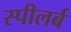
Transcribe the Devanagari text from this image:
स्पीलर्ब